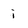
Character: i